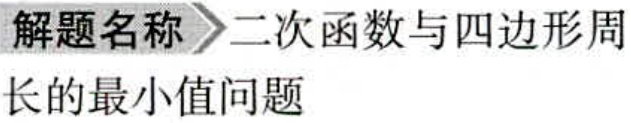
解题名称 二次函数与四边形周长的最小值问题